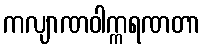
ကလျာဏဝါက္ကရဏတာ